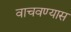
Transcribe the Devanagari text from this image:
वाचवण्यास